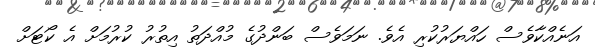
އަނެއްކާވެސް ހައްޔަރުކުރި އެވެ. ނަމަވެސް ބަންދުގެ މުއްދަތު އިތުރު ކުރުމަށް އެ ކޯޓަށް